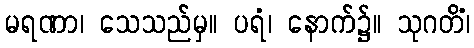
မရဏာ၊ သေသည်မှ။ ပရံ၊ နောက်၌။ သုဂတိံ၊